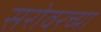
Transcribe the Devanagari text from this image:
सरोवरच्या